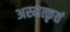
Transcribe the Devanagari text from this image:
अस्मत्कृतं